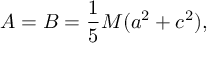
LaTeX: A = B = { \frac { 1 } { 5 } } M ( a ^ { 2 } + c ^ { 2 } ) ,